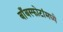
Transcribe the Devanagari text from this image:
बाँबस्फोटांमध्ये